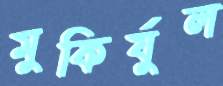
মুকির্যুল